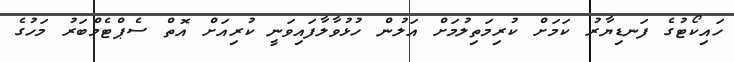
ހައިކޯޓުގެ ފަނޑިޔާރު ކަމަށް ކުރިމަތިލުމަށް އަލުން ހުޅުވާލާފައިވަނީ ކުރިއަށް އޮތް ސެޕްޓެމްބަރު މަހުގެ